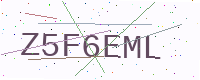
Text: Z5F6EML